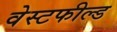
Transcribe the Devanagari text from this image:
वेस्टफील्ड